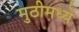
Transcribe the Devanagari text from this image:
मुठीमध्ये